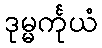
ဒုမ္မင်္ကုယံ